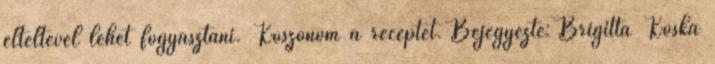
elteltével lehet fogyasztani. Köszönöm a receptet. Bejegyezte: Brigitta Koska